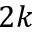
2 k